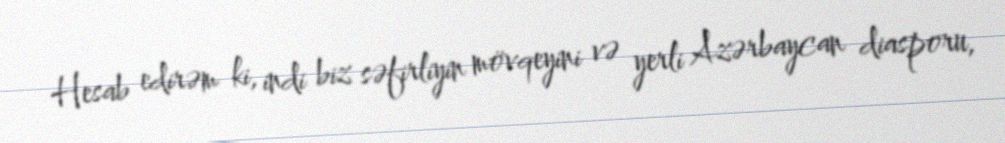
Hesab edirəm ki, indi biz səfirliyin mövqeyini və yerli Azərbaycan diasporu,